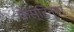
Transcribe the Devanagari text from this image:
फेस्टिन्गर